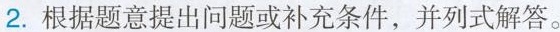
2.根据题意提出问题或补充条件，并列式解答。